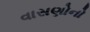
વાસણોનો